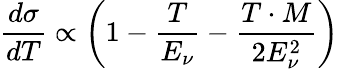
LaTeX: \frac{d\sigma}{dT}\propto\left(1-\frac{T}{E_{\nu}}-\frac{T\cdot M}{2E_{\nu}^{2}}\right)